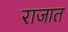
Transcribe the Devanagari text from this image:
राजात